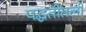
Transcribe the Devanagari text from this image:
पद्धतींतली